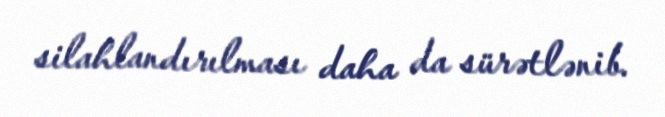
silahlandırılması daha da sürətlənib.